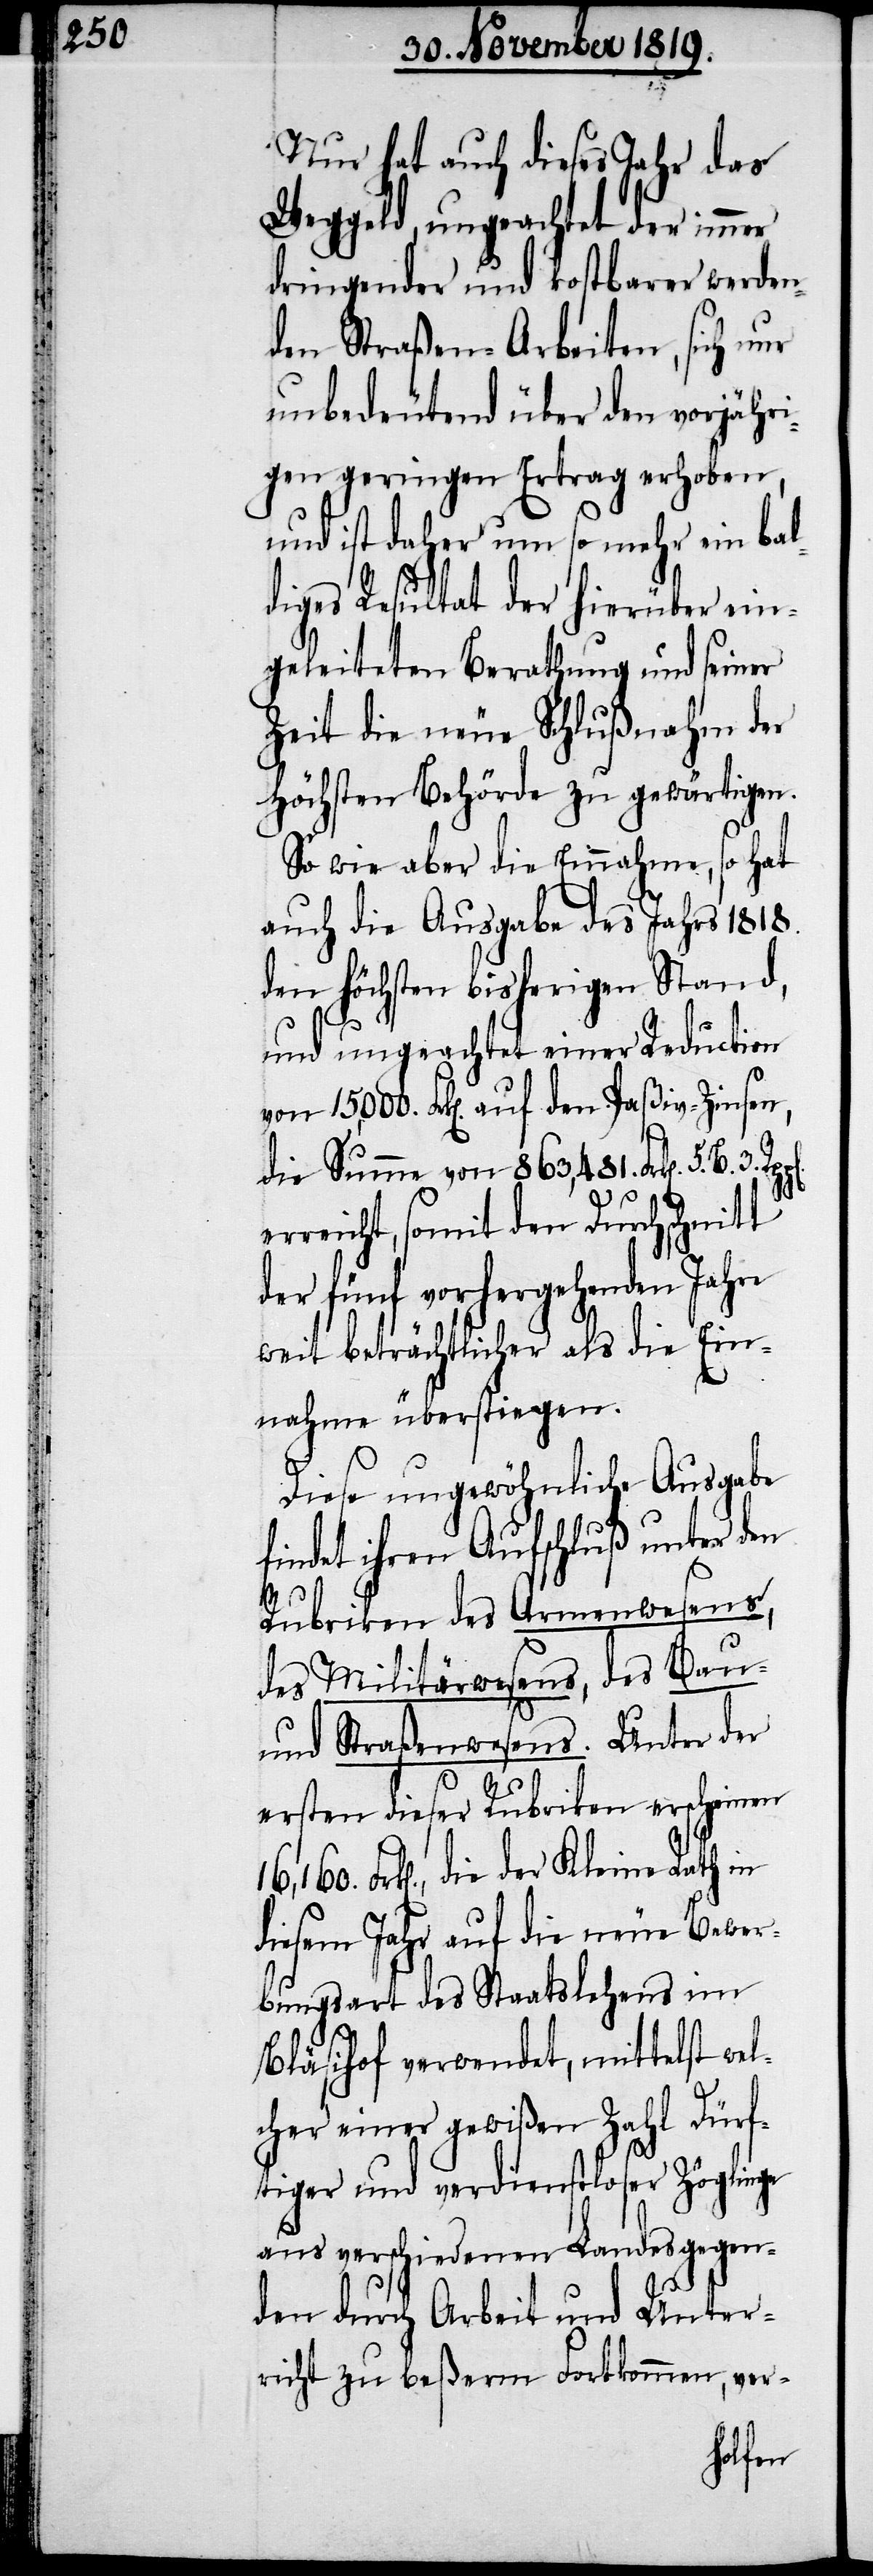
Nur hat auch dieses Jahr das
Weggeld, ungeachtet der immer
dringender und kostbarer werden¬
den Straßen-Arbeiten, sich nur
unbedeutend über den vorjähri¬
gen geringen Ertrag erhoben,
und ist daher um so mehr ein bal¬
diges Resultat der hierüber ein¬
geleiteten Berathung und seiner
Zeit die neue Schlußnahm der
Höchsten Behörde zu gewärtigen.
So wie aber die Einnahme, so hat
auch die Ausgabe des Jahrs 1818.
den höchsten bisherigen Stand,
und ungeachtet einer Reduction
Frk[en]. auf den Paßiv-Zinsen,
die Summe von 863,481. Frk[en]. 5. B.
erreicht, somit den Durchschnitt
der fünf vorhergehenden Jahre
weit beträchtlicher als die Ein¬
nahme überstiegen.
Diese ungewöhnliche Ausgabe
findet ihren Aufschluß unter den
Rubriken des Armenwesens,
des Militärwesens, des Bau-
und Straßenwesens. Unter der
ersten dieser Rubriken erscheinen
Frk[en]., die der Kleine Rath in
diesem Jahr auf die neue Bewer¬
bungsart des Staatslehens im
Bläsihof verwendet, mittelst wel¬
cher einer gewißen Zahl Dürf¬
tiger und verdienstloser Zöglinge
aus verschiedenen Landesgegen¬
den durch Arbeit und Unter¬
richt zu beßerm Fortkommen, ver-